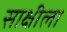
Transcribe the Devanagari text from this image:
साक्षीला